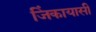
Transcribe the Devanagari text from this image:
जिंकायासी